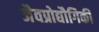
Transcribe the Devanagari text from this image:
जैवप्रोद्यौगिकी